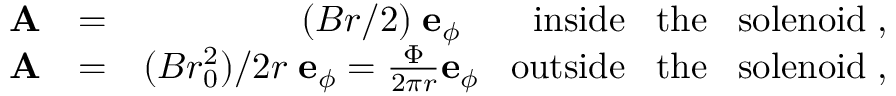
\begin{array} { r l r } { \mathrm { \bf ~ A } } & { = } & { ( B r / 2 ) \; { \bf e } _ { \phi } \; \; \; \; \; \; \; \mathrm { i n s i d e \; \; \; t h e \; \; \; s o l e n o i d } \; , } \\ { \mathrm { \bf ~ A } } & { = } & { ( B r _ { 0 } ^ { 2 } ) / 2 r \; { \bf e } _ { \phi } = \frac { \Phi } { 2 \pi r } { \bf e } _ { \phi } \; \; \; \mathrm { o u t s i d e \; \; \; t h e \; \; \; s o l e n o i d } \; , } \end{array}